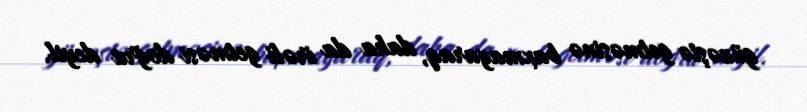
güzəştə getməsinə baxmayaraq, daha da irəli getməsi doğru deyil.